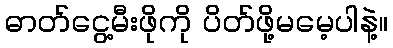
ဓာတ်ငွေ့မီးဖိုကို ပိတ်ဖို့မမေ့ပါနဲ့။